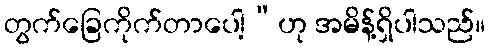
တွက်ခြေကိုက်တာပေါ့”ဟု အမိန့်ရှိပါသည်။